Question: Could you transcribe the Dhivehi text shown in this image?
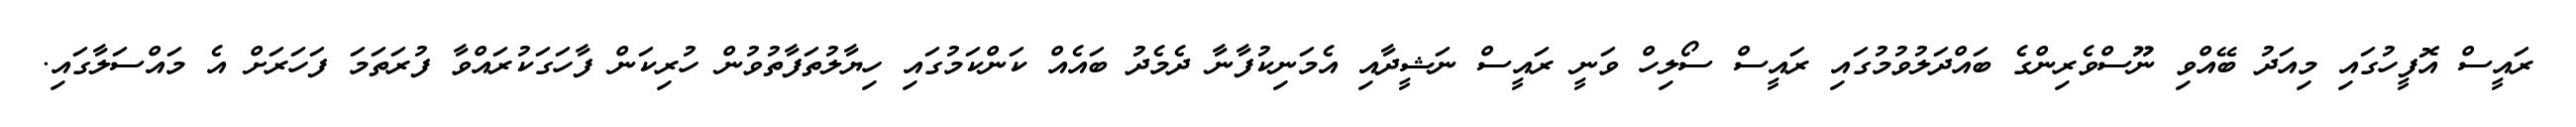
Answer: ރައީސް އޮފީހުގައި މިއަދު ބޭއްވި ނޫސްވެރިންގެ ބައްދަލުވުމުގައި ރައީސް ސޯލިހް ވަނީ ރައީސް ނަޝީދާއި އެމަނިކުފާނާ ދެމެދު ބައެއް ކަންކަމުގައި ހިޔާލުތަފާތުވުން ހުރިކަން ފާހަގަކުރައްވާ ފުރަތަމަ ފަހަރަށް އެ މައްސަލާގައި.